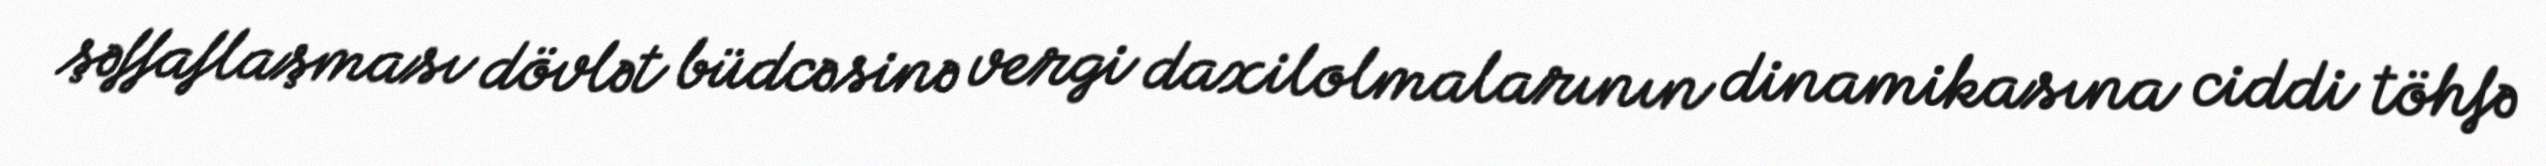
şəffaflaşması dövlət büdcəsinə vergi daxilolmalarının dinamikasına ciddi töhfə